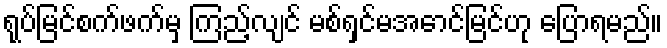
ရုပ်မြင်စက်ဖက်မှ ကြည့်လျင် မစ်ရှင်မအောင်မြင်ဟု ပြောရမည်။